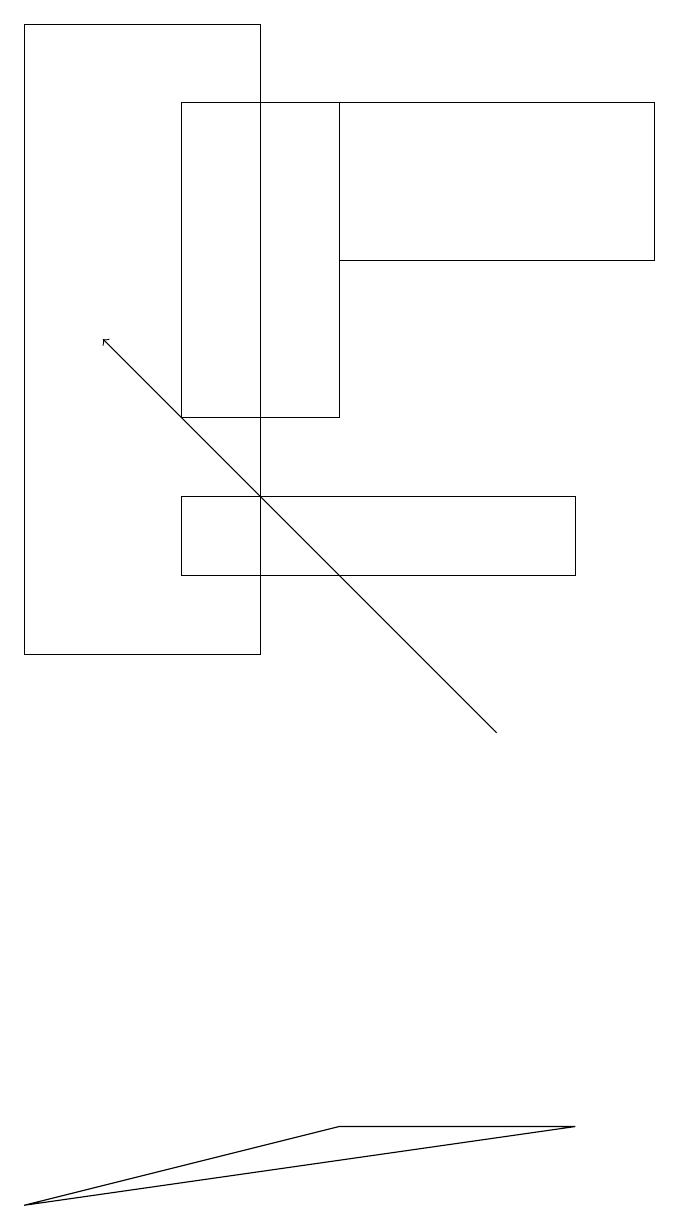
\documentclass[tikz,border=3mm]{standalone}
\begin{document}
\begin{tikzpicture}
\draw (4,14) rectangle (2,18);
\draw (3,11) rectangle (0,19);
\draw (4,18) rectangle (8,16);
\draw[->] (6,10) -- (1,15);
\draw (7,13) rectangle (2,12);
\draw (0,4) -- (7,5) -- (4,5) -- cycle;
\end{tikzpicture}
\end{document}